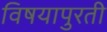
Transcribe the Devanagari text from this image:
विषयापुरती